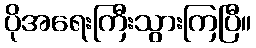
ပိုအရေးကြီးသွားကြပြီ။